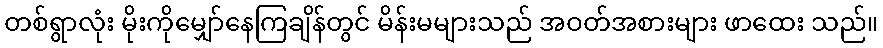
တစ်ရွာလုံး မိုးကိုမျှော်နေကြချိန်တွင် မိန်းမများသည် အဝတ်အစားများ ဖာထေး သည်။